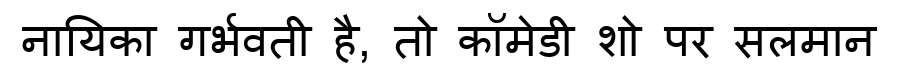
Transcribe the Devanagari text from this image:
नायिका गर्भवती है, तो कॉमेडी शो पर सलमान